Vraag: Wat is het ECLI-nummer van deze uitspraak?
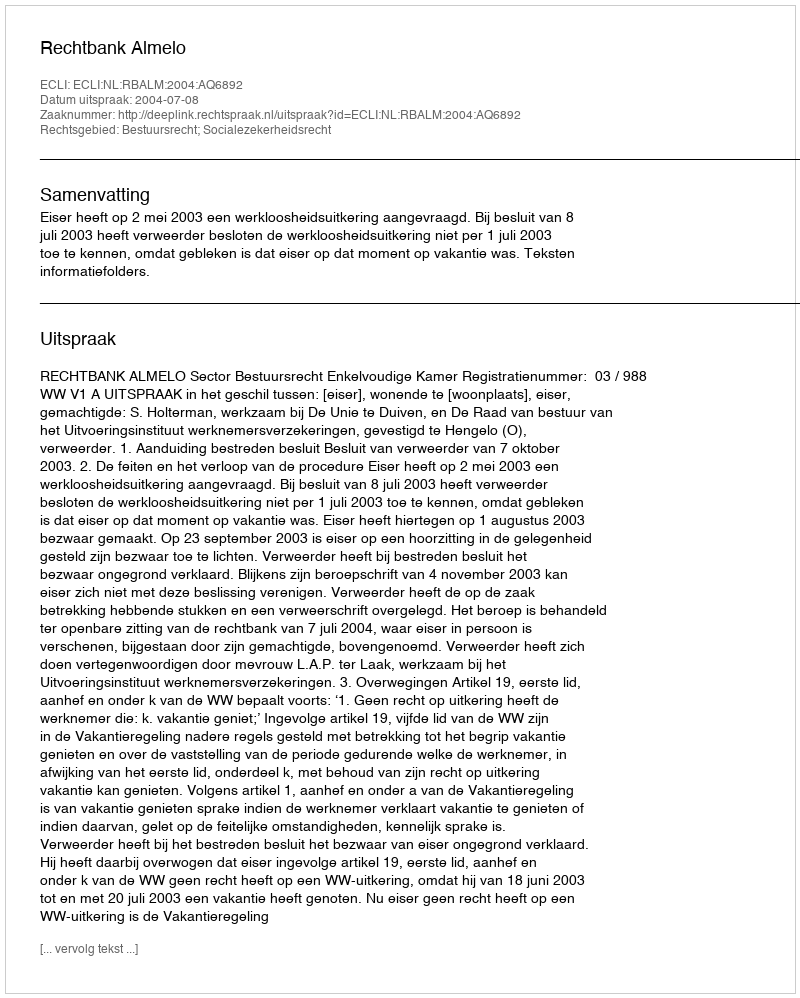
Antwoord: ECLI:NL:RBALM:2004:AQ6892